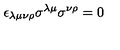
\epsilon _ { \lambda \mu \nu \rho } \sigma ^ { \lambda \mu } \sigma ^ { \nu \rho } = 0